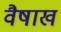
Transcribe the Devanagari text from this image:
वैषाख